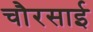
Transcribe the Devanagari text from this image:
चौरसाई